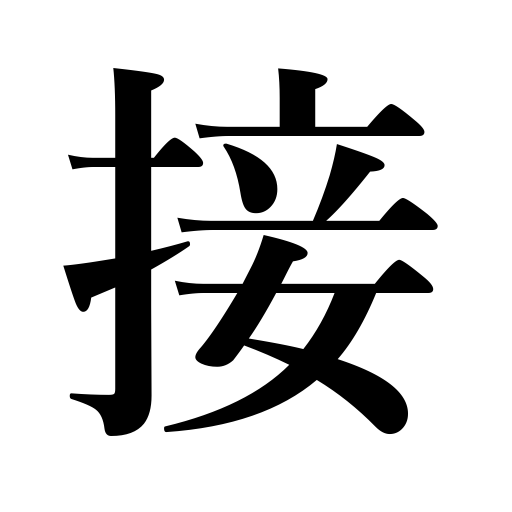
Meanings: splice,draw near,touch,contact,cement,adjoin,join,experience,receive visitors,piece together,encounter,be in receipt of,set broken bones,graft trees